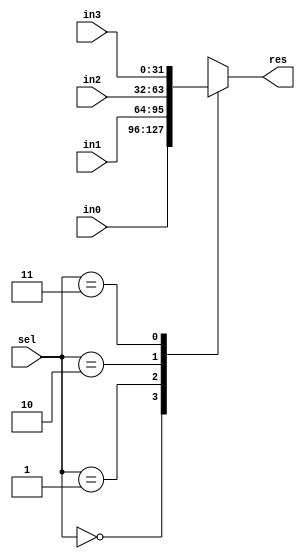
`timescale 1ns / 1ps
//////////////////////////////////////////////////////////////////////////////////
// Company: 
// Engineer: 
// 
// Design Name: 
// Module Name: MUX2_4
// Project Name: 
// Target Devices: 
// Tool Versions: 
// Description: 
// 
// Dependencies: 
// 
// Revision:
// Revision 0.01 - File Created
// Additional Comments:
// 
//////////////////////////////////////////////////////////////////////////////////


module MUX2_4(
    input [31:0] in0,
    input [31:0] in1,
    input [31:0] in2,
    input [31:0] in3,
    input [1:0] sel,
    output reg [31:0] res
    );
    
    always@(sel or in0 or in1 or in2 or in3)
    begin
        case(sel)
        0: res <= in0;
        1: res <= in1;
        2: res <= in2;
        3: res <= in3;
        default: res <= in0;
        endcase
    end
    
endmodule